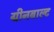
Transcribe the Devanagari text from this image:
ग्रीनबाल्ट